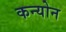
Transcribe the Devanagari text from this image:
कन्योन